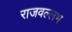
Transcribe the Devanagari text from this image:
राजवल्‍लभ